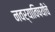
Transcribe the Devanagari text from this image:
नवर्‍याविषयीचे